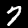
Digit: 7